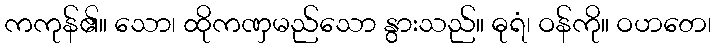
ကကုန်၏။ သော၊ ထိုကဏှမည်သော နွားသည်။ ဓုရံ၊ ဝန်ကို။ ဝဟတေ၊